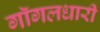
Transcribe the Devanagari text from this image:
गॉगलधारी